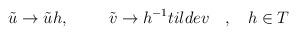
LaTeX: \begin{align*}\tilde{u}\rightarrow \tilde{u}h ,\hskip 1 cm \tilde{v}\rightarrow h^{-1} tilde{v} \hskip 0.4 cm , \hskip 0.4 cm h \in T \end{align*}